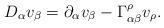
LaTeX: \begin{align*}D_{\alpha}v_{\beta} = \partial_{\alpha} v_{\beta} - \Gamma_{\alpha\beta}^{\rho}v_{\rho}.\end{align*}